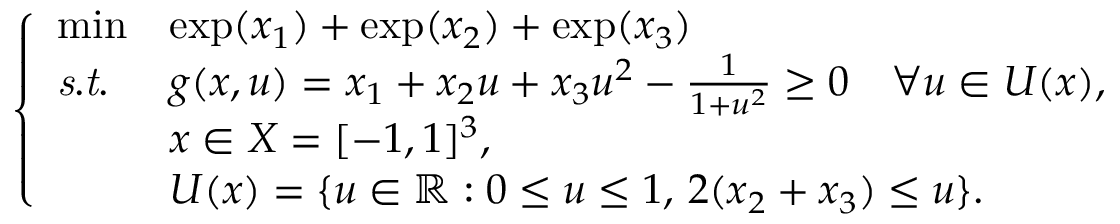
\left\{ \begin{array} { l l l } { \operatorname* { m i n } } & { \exp ( x _ { 1 } ) + \exp ( x _ { 2 } ) + \exp ( x _ { 3 } ) } \\ { \mathit { s . t . } } & { g ( x , u ) = x _ { 1 } + x _ { 2 } u + x _ { 3 } u ^ { 2 } - \frac { 1 } { 1 + u ^ { 2 } } \geq 0 \quad \forall u \in U ( x ) , } \\ & { x \in X = [ - 1 , 1 ] ^ { 3 } , } \\ & { U ( x ) = \{ u \in \mathbb { R } : 0 \leq u \leq 1 , \, 2 ( x _ { 2 } + x _ { 3 } ) \leq u \} . } \end{array} \right.